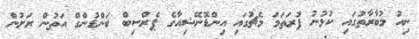
ނިއު މުބާރާތުގައި ކުޅުނު ފުރަތަމަ މެޗުގައި އިންޑޮނޭޝިއާގެ ޕެރްސިބް ބަންޑުންގް އަތުން ރަށުން